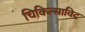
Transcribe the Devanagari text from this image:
चिकित्साविद